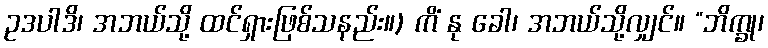
ဥဒပါဒိ၊ အဘယ်သို့ ထင်ရှားဖြစ်သနည်း။) ကိံ နု ခေါ၊ အဘယ်သို့လျှင်။ “ဘိက္ခု၊